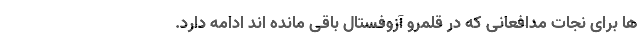
ها برای نجات مدافعانی که در قلمرو آزوفستال باقی مانده اند ادامه دارد.